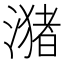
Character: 潴